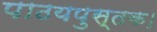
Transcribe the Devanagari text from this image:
पाठयपुस्तक।